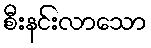
စီးနင်းလာသော